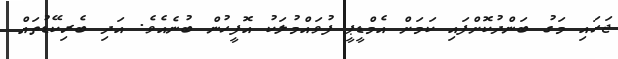
ޖަހައި މަގު ބަންދުކޮށްފައި ކަމަށް އެމްޑީޕީ ފުވައްމުލަކު އޮފީހުން ބުނެއެވެ. އަދި ބެރިކޭޑުތައް